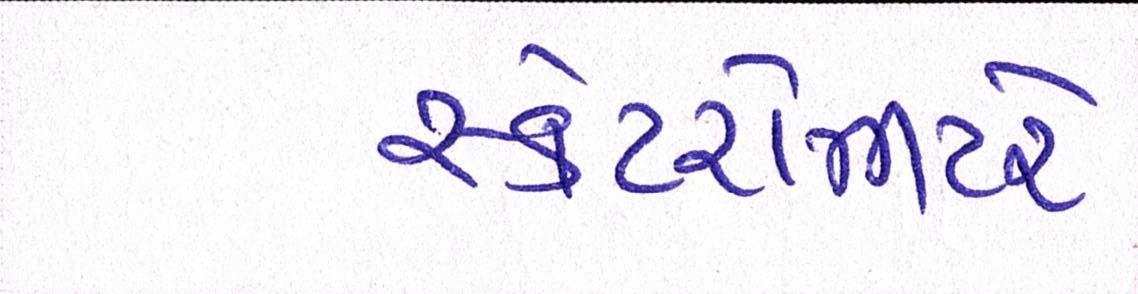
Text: સ્કેટરોમીટરે